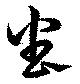
番